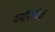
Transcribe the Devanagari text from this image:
धर्मंनिरपेक्ष